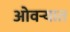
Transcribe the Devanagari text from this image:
ओवर्‍यात